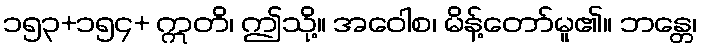
၁၅၃+၁၅၄+ ဣတိ၊ ဤသို့။ အဝေါစ၊ မိန့်တော်မူ၏။ ဘန္တေ၊